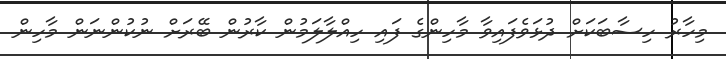
މިހާރު ހިސާބަކަށް ދުޅަވެފައިވާ މާހިންގެ ފައި ހިއްލާލަމުން ކާރުން ބޭރަށް ނުކުންނަން މާހިން